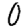
Digit: 0